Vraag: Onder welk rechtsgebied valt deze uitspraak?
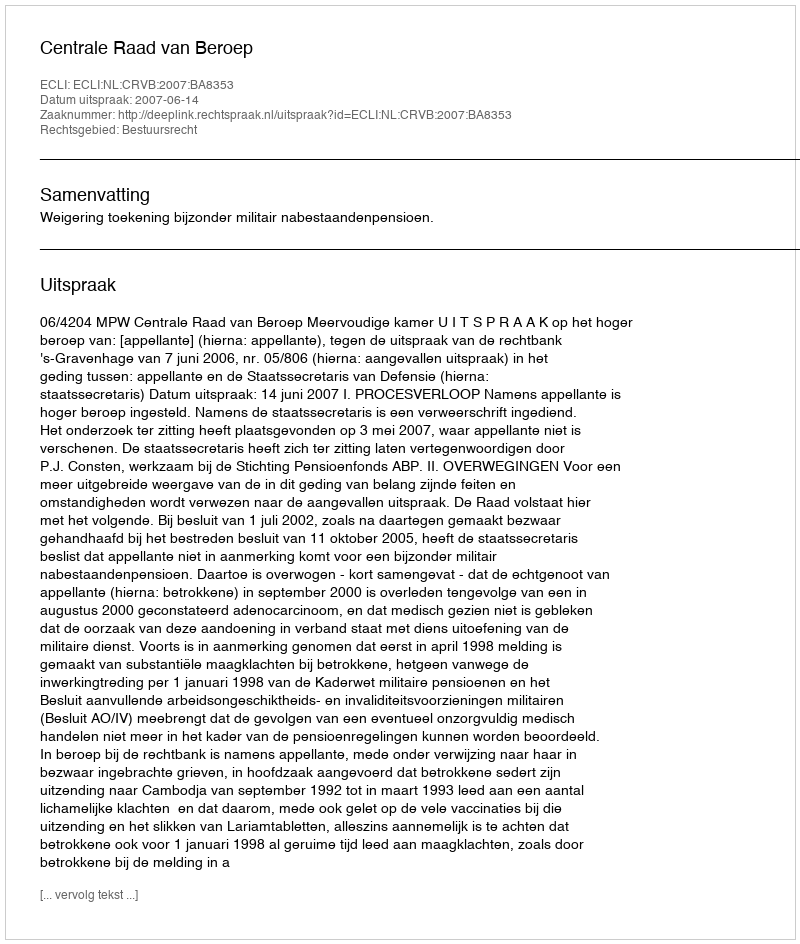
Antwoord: Bestuursrecht